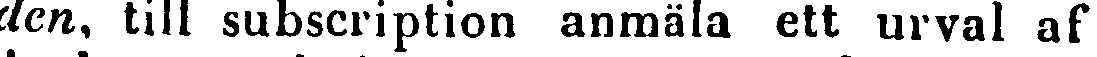
den, till subscription anmäla ett urval af